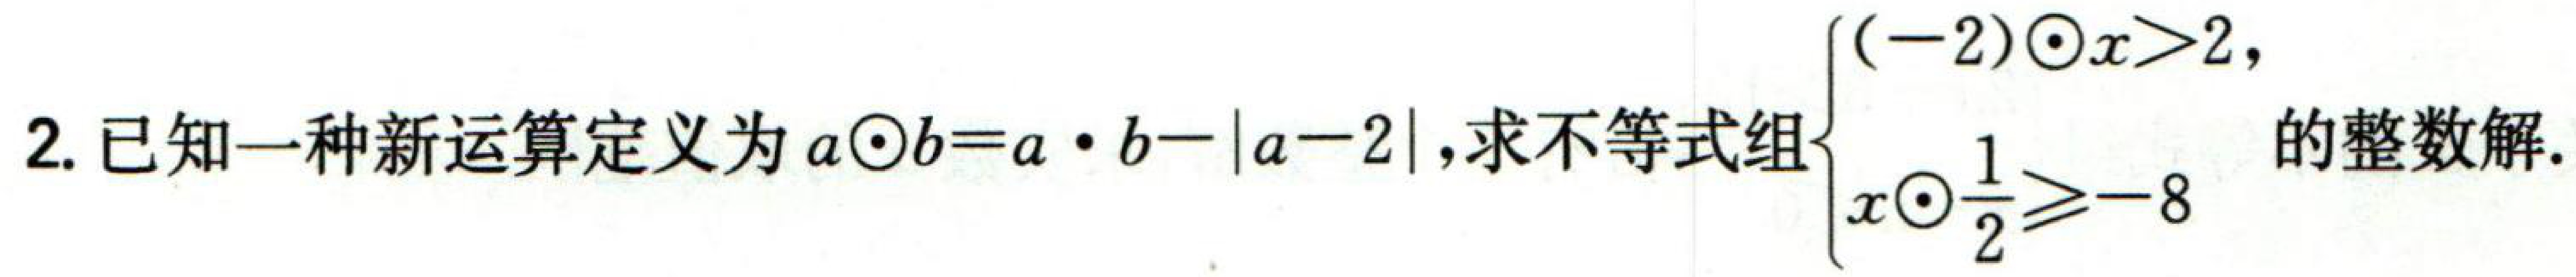
2. 已知一种新运算定义为 \(a\odot b=a\cdot b - |a - 2|\)，求不等式组\(\begin{cases}(-2)\odot x>2 \\
x\odot\frac{1}{2}\geqslant - 8\end{cases}\)的整数解.